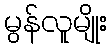
မွန်လူမျိုး